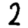
Digit: 2